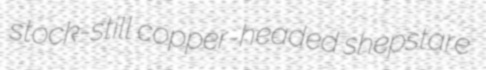
stock-still copper-headed shepstare